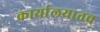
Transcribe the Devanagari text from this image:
कार्यालयातच